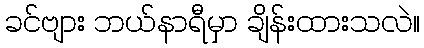
ခင်ဗျား ဘယ်နာရီမှာ ချိန်းထားသလဲ။